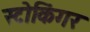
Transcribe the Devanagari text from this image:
स्टोकिंगर